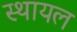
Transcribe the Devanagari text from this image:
स्थायल